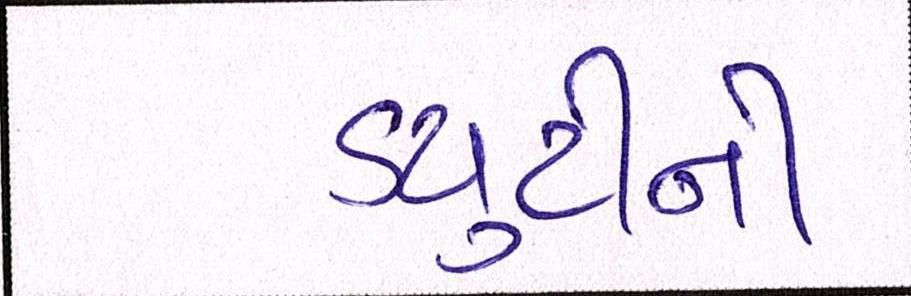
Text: ડયુટીની